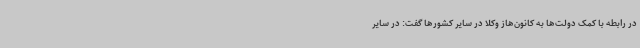
در رابطه با کمک دولت‌ها به کانون‌هاز وکلا در سایر کشورها گفت: در سایر